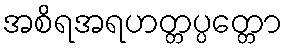
အစိရအရဟတ္တပ္ပတ္တော